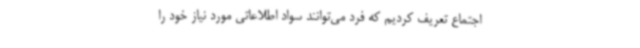
اجتماع تعریف کردیم که فرد می‌توانند سواد اطلاعاتی مورد نیاز خود را